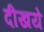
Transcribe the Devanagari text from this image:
दीखये